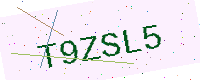
Text: T9ZSL5